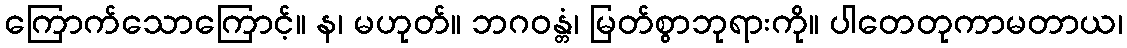
ကြောက်သောကြောင့်။ န၊ မဟုတ်။ ဘဂဝန္တံ၊ မြတ်စွာဘုရားကို။ ပါတေတုကာမတာယ၊